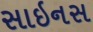
સાઇનસ